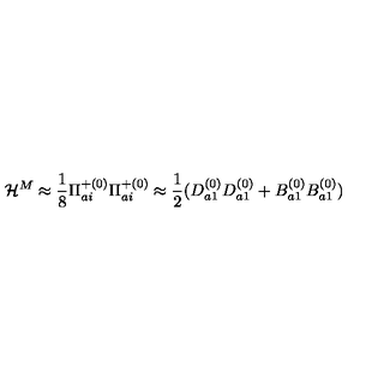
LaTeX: { \cal H } ^ { M } \approx \frac { 1 } { 8 } { \Pi } _ { a i } ^ { + ( 0 ) } { \Pi } _ { a i } ^ { + ( 0 ) } \approx \frac { 1 } { 2 } ( D _ { a 1 } ^ { ( 0 ) } D _ { a 1 } ^ { ( 0 ) } + B _ { a 1 } ^ { ( 0 ) } B _ { a 1 } ^ { ( 0 ) } )